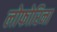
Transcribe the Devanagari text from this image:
लोफोरिना